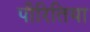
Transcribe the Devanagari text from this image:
पीरितिया